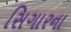
સિગારના